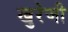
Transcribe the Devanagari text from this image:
खुरेजी